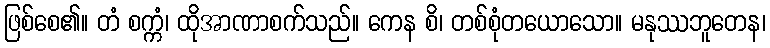
ဖြစ်စေ၏။ တံ စက္ကံ၊ ထိုအာဏာစက်သည်။ ကေန စိ၊ တစ်စုံတယောသော။ မနုဿဘူတေန၊